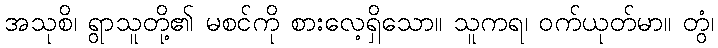
အသုစိ၊ ရွာသူတို့၏ မစင်ကို စားလေ့ရှိသော။ သူကရ၊ ဝက်ယုတ်မာ။ တွံ၊